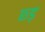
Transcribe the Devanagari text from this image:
छ्ड़